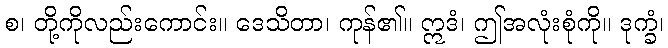
စ၊ တို့ကိုလည်းကောင်း။ ဒေသိတာ၊ ကုန်၏။ ဣဒံ၊ ဤအလုံးစုံကို။ ဒုက္ခံ၊